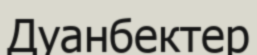
Дуанбектер